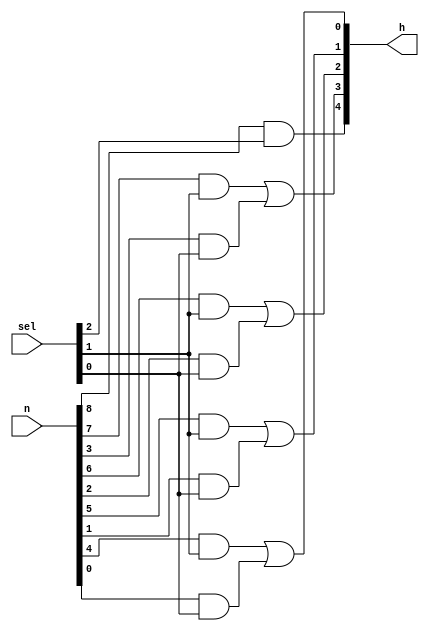
`timescale 1ns / 1ps
//////////////////////////////////////////////////////////////////////////////////
// Company: 
// Engineer: 
// 
// Design Name: 
// Module Name: Selector
// Project Name: 
// Target Devices: 
// Tool Versions: 
// Description: 
// 
// Dependencies: 
// 
// Revision:
// Revision 0.01 - File Created
// Additional Comments:
// 
//////////////////////////////////////////////////////////////////////////////////


module Selector(
    input [8:0] n,
    input [3:0] sel,
    output [4:0] h
    );
    //If sign == 1, h[4] == 1
    
    assign h[4] = n[8] & sel[2];
    assign h[3] = (n[7] & sel[1]) | (n[3] & sel[0]);
    assign h[2] = (n[6] & sel[1]) | (n[2] & sel[0]);
    assign h[1] = (n[5] & sel[1]) | (n[1] & sel[0]);
    assign h[0] = (n[4] & sel[1]) | (n[0] & sel[0]);
      
endmodule